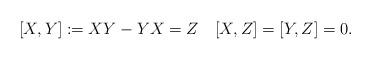
LaTeX: \begin{align*}[X,Y]:=XY-YX=Z\quad[X,Z]=[Y,Z]=0.\end{align*}